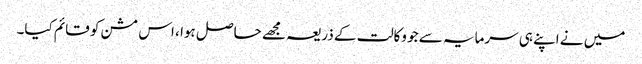
میں نے اپنے ہی سرمایہ سے جو وکالت کے ذریعہ مجھے حاصل ہوا ، اس مشن کو قائم کیا۔